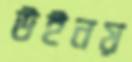
উইনয়